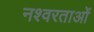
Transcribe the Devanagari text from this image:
नश्वरताओं